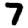
Digit: 7